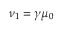
\nu _ { 1 } = \gamma \mu _ { 0 }